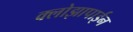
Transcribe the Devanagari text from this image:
क्लोझापाईन